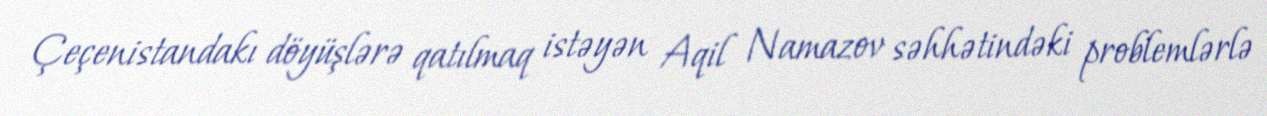
Çeçenistandakı döyüşlərə qatılmaq istəyən Aqil Namazov səhhətindəki problemlərlə